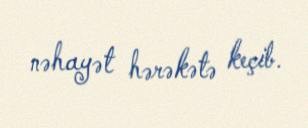
nəhayət hərəkətə keçib.